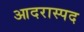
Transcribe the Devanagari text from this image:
आदरास्पद